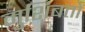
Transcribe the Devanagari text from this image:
मुशिबतों